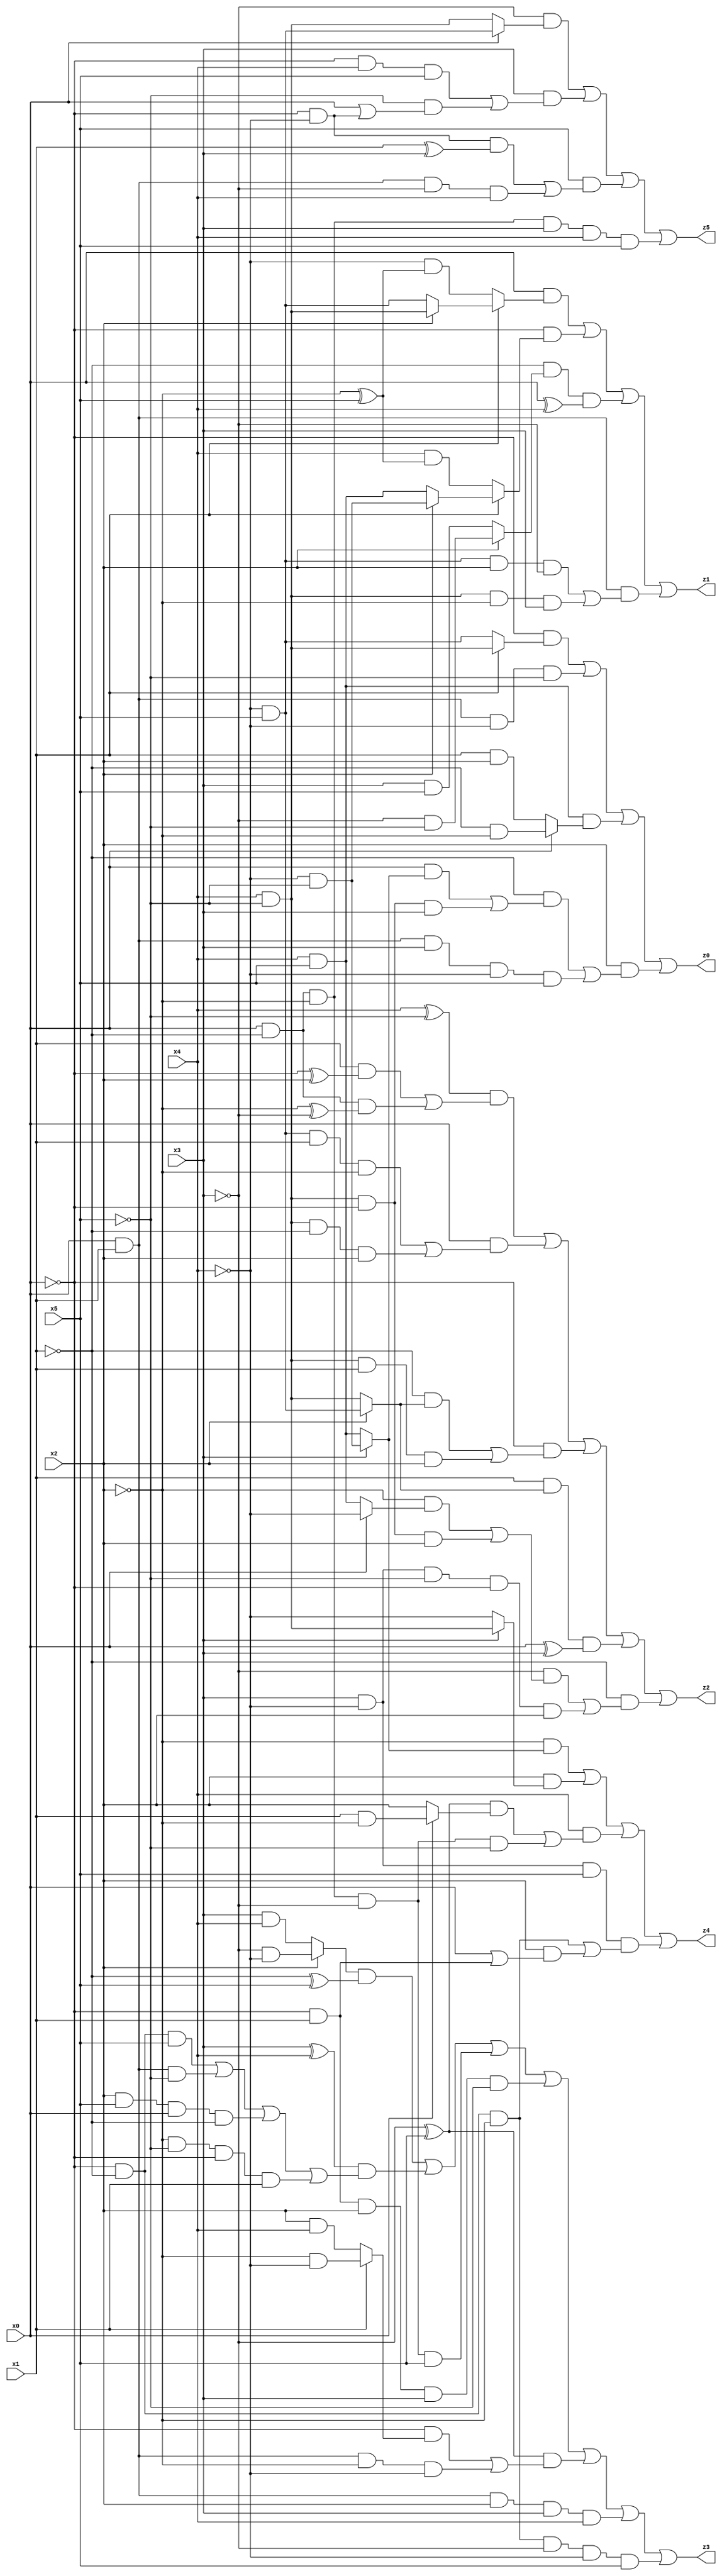
// Benchmark "X_23" written by ABC on Thu Jun 29 04:08:09 2023

module X_69 ( 
    x0, x1, x2, x3, x4, x5,
    z0, z1, z2, z3, z4, z5  );
  input  x0, x1, x2, x3, x4, x5;
  output z0, z1, z2, z3, z4, z5;
  assign z0 = (~x0 & (x1 ? (x4 & ~x5) : (~x4 & x5))) | (x0 & x1 & ~x4 & ~x5) | (x4 & x5 & (x0 ? (~x1 & ~x2) : (x1 & x2))) | (x2 & ((~x1 & ((x0 & (x3 ? (~x4 & ~x5) : (x4 & x5))) | (x4 & ~x5 & ~x0 & x3))) | (x0 & x1 & x3 & ~x4 & x5)));
  assign z1 = (x0 & (x1 ? (x2 ? (x4 & ~x5) : (~x4 & x5)) : (~x4 & (~x2 ^ x5)))) | (~x0 & (x1 ? (x2 ? (~x4 & ~x5) : (x4 & x5)) : (x4 & (~x2 ^ x5)))) | (~x1 & (x2 ? (~x3 & ~x5) : (x3 & x5)) & (x0 ^ x4)) | (x0 & x1 & ((~x4 & x5 & x2 & ~x3) | (x4 & ~x5 & ~x2 & x3)));
  assign z2 = ((x4 ^ ~x5) & ((x1 & (~x0 ^ x2)) | (x0 & ~x1 & (~x2 ^ ~x3)))) | (x0 & ((~x4 & x5 & x1 & ~x2) | (x4 & ~x5 & ~x1 & x2))) | (~x0 & ((~x1 & (x2 ? (~x4 & x5) : (x4 & ~x5))) | (x4 & ~x5 & x1 & x2))) | (x1 & (x2 ? (~x4 & x5) : (x4 & ~x5)) & (x0 ^ x3)) | (~x1 & ((~x3 & ((~x2 & (x0 ? ~x4 : (x4 & x5))) | (x4 & ~x5 & ~x0 & x2))) | (x3 & ~x4 & ~x5 & ~x0 & x2)));
  assign z3 = ((x2 ? (~x3 & ~x4) : (x3 & x4)) & (~x1 ^ x5)) | ((x3 ^ x4) & ((~x0 & ~x1 & x5) | (x0 & x1 & ~x5) | (x2 & x5 & x0 & ~x1) | (~x2 & ~x5 & ~x0 & x1))) | (x0 & ~x1 & ~x2 & ~x3 & x5) | (~x0 & x1 & x2 & x3 & ~x5) | ((~x3 ^ x5) & ((~x0 & (x1 ? (~x2 & ~x4) : (x2 & x4))) | (x0 & x1 & ~x2 & ~x4))) | (x0 & x1 & x2 & x3 & x4) | (~x0 & ~x1 & ~x2 & ~x3 & ~x4 & x5);
  assign z4 = (~x2 & (x3 ? (~x4 & ~x5) : (x4 & x5))) | (x2 & (x3 ? (x4 & ~x5) : ~x4)) | (x4 & (((~x3 ^ x5) & (x0 ? (x1 & ~x2) : x2)) | (x0 & ~x1 & ~x2 & ~x3 & ~x5))) | (x3 & ~x4 & x5 & ((~x0 & ~x1 & ~x2) | (x2 & (x0 | (~x0 & x1)))));
  assign z5 = (~x3 & (x0 ? (~x4 & x5) : (x4 & ~x5))) | (x3 & ((~x0 & x4 & x5) | (~x5 & (x0 | (~x0 & ~x4))))) | (x5 & ((~x0 & ~x4 & (x1 ^ x3)) | (x0 & x1 & ~x3 & x4))) | (x0 & ~x1 & ~x2 & x3 & x4 & x5);
endmodule